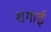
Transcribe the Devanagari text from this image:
शगाई